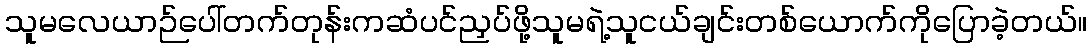
သူမလေယာဉ်ပေါ်တက်တုန်းကဆံပင်ညှပ်ဖို့သူမရဲ့သူငယ်ချင်းတစ်ယောက်ကိုပြောခဲ့တယ်။